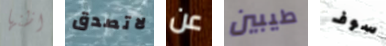
اظنها لاتصدق عن طيبين سوف